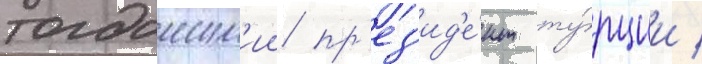
тогдашн'ии пр'ез'ид'е́нт ту́рции /